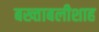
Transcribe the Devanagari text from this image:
बख्ताबलीशाह